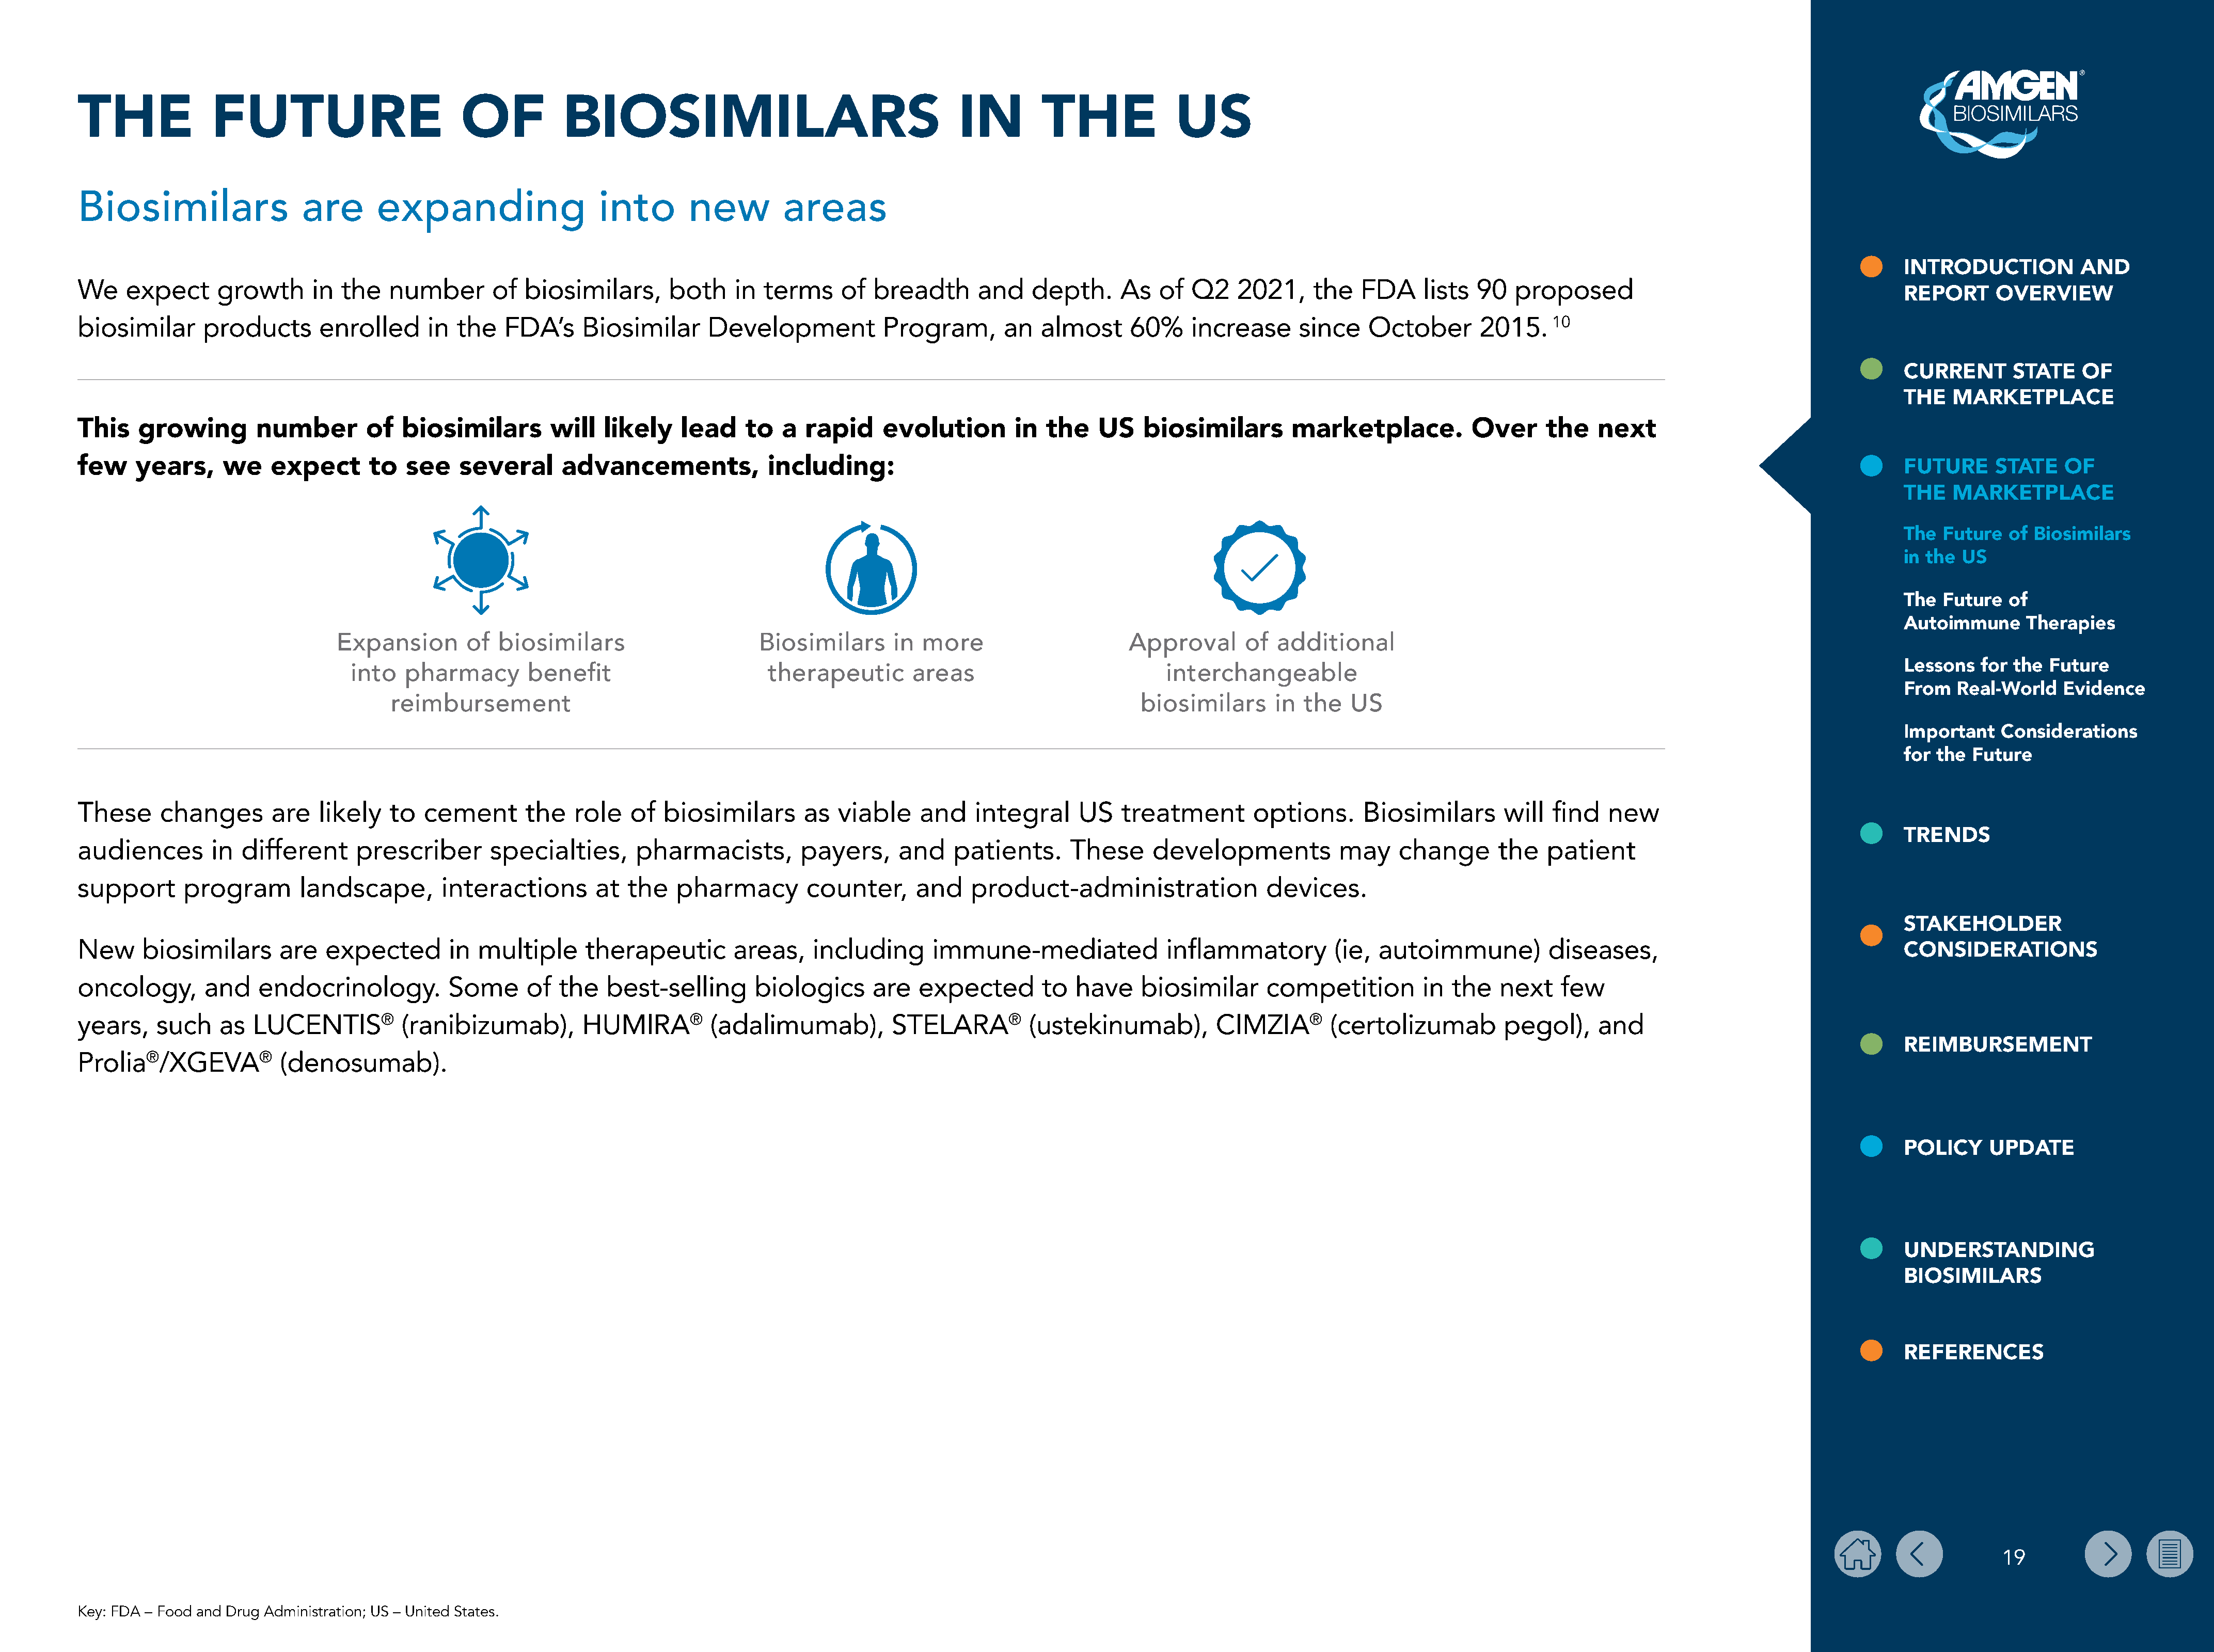
THE              FUTURE                          OF           BIOSIMILARS                                        IN         THE              US
 Biosimilars                  are      expanding                    into       new         areas
 INTRODUCTION           AND
 We    expect      growth      in  the   number       of  biosimilars,       both    in  terms     of  breadth      and    depth.      As   of  Q2    2021,    the   FDA     lists  90   proposed
 REPORT      OVERVIEW
 biosimilar      products       enrolled      in  the   FDA’s     Biosimilar      Development           Program,        an  almost      60%     increase      since   October        2015.    10
 CURRENT       STATE    OF
 THE   MARKETPLACE
 This    growing        number        of  biosimilars         will  likely    lead     to  a  rapid     evolution        in  the    US    biosimilars        marketplace.           Over     the    next
 few    years,      we    expect      to   see    several      advancements,             including:                                                                                                                                        FUTURE      STATE    OF
 THE   MARKETPLACE
 The  Future   of Biosimilars
 in the US
 The  Future   of
 Autoimmune      Therapies
 Expansion        of  biosimilars                      Biosimilars       in more                       Approval       of  additional
 Lessons   for the  Future
 into   pharmacy        benefit                       therapeutic        areas                            interchangeable
 From   Real-World    Evidence
 reimbursement                                                                                   biosimilars      in  the   US
 Important    Considerations
 for the  Future
 These     changes        are   likely   to  cement       the    role   of  biosimilars       as  viable     and    integral     US    treatment        options.      Biosimilars       will  find   new
 TRENDS
 audiences        in  different      prescriber       specialties,      pharmacists,          payers,     and    patients.      These      developments            may    change       the   patient
 support      program        landscape,         interactions       at  the    pharmacy        counter,      and    product-administration                devices.
 STAKEHOLDER
 New     biosimilars       are   expected        in  multiple     therapeutic         areas,    including      immune-mediated               inflammatory          (ie,  autoimmune)          diseases,                                    CONSIDERATIONS
 oncology,       and    endocrinology.          Some      of   the   best-selling       biologics      are   expected        to  have    biosimilar      competition         in  the   next    few
 years,    such    as  LUCENTIS®          (ranibizumab),          HUMIRA®         (adalimumab),          STELARA®          (ustekinumab),          CIMZIA®       (certolizumab          pegol),     and
 REIMBURSEMENT
 Prolia®/XGEVA®            (denosumab).
 POLICY     UPDATE
 UNDERSTANDING
 BIOSIMILARS
 REFERENCES
 19
 Key: FDA – Food and Drug Administration; US – United States.